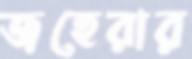
জহেরার